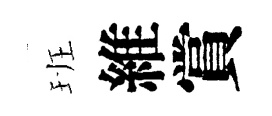
班維賞